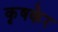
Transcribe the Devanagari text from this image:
कृषकेर